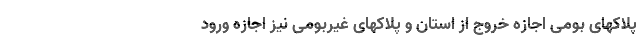
پلاکهای بومی اجازه خروج از استان و پلاکهای غیربومی نیز اجازه ورود